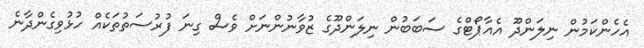
އެހެންކަމުން ނިލަންދޫ އެއާޕޯޓްގެ ސަބަބުން ނިލަންދޫގެ ޒުވާނުންނަށް ވެސް ގިނަ ފުރުސަތުތަކެއް ހުޅުވިގެންދާނެ